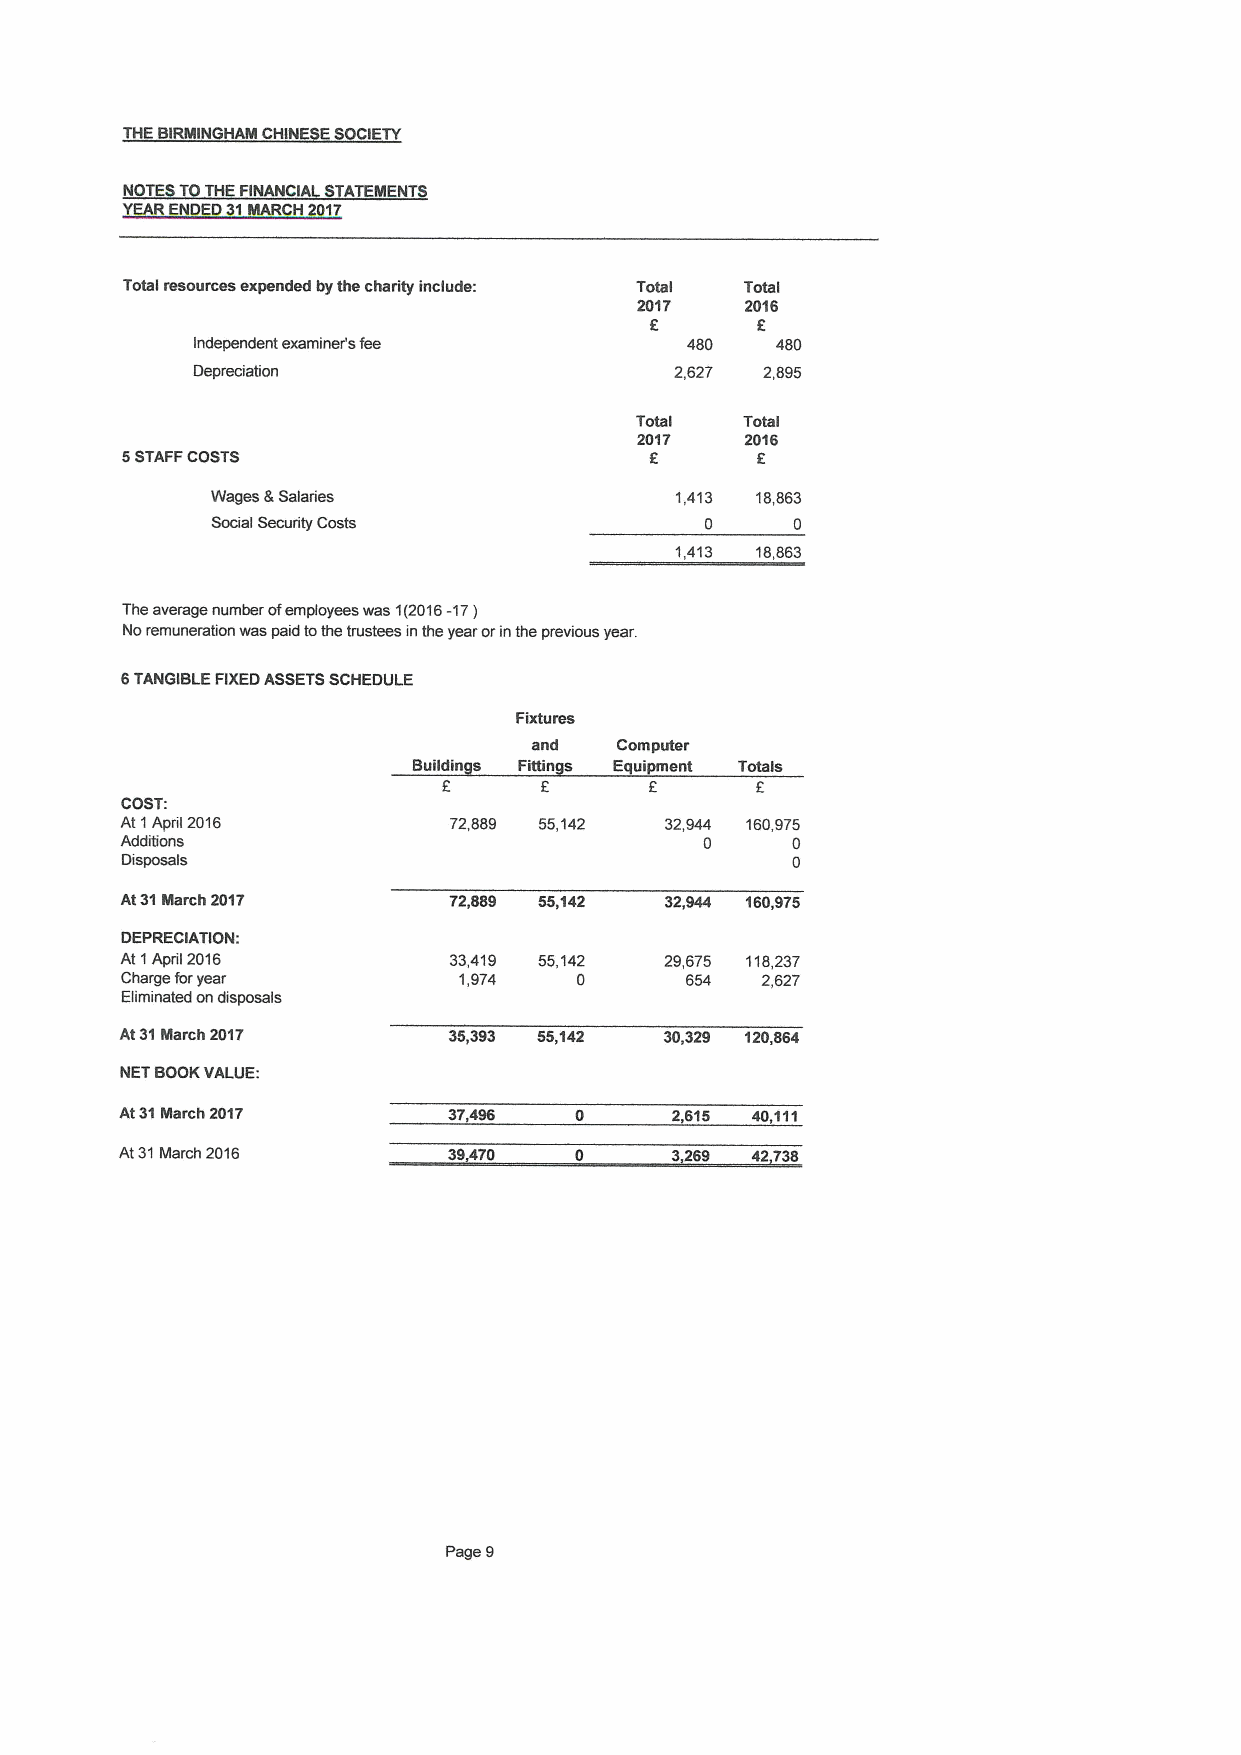
THEBIRMIN HAM CHINESE SOCIETY
 NOTES TOTHEFINANCIA STATEMENTS
 YEARENDED 31MARCH 2017
 Total resources expended bythe charity include: Total Total
 2017   2016
 6
 Independent examiner's fee      480   480
 Depreciation                    2,627 2,895
 Total  Total
 2017   2016
 5STAFFCOSTS                        6      6
 Wages 8 Salaries               1,413 18,863
 Social Security Costs            0     0
 1,413 18,863
 The average number ofemployees was 1(2016-17 )
 Noremuneration was paid tothe trustees in the year orinthe previous year.
 6TANGIBLE FIXEDASSETSSCHEDULE
 Fixtures
 and   Computer
 Buildin s Fittin s Equipment Totals
 COST:
 At 1April 2016        72,889 55,142 32,944 160,975
 Additions                              0    0
 Disposals                                   0
 At31March 2017        72,889 55,142 32,944 160,975
 DEPRECIATION:
 At 1April 2016        33,419 55,142 29,675 118,237
 Charge foryear        1,974   0      654  2,627
 Eliminated on disposals
 At31March 2017        35,393 55,142 30,329 120,864
 NETBOOKVALUE:
 At31March 2017        37,496        2,615 40,111
 At31March 2016        39470         3269  42738
 Page 9